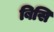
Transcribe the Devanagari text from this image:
बिसि